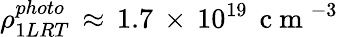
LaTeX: \rho_{1LRT}^{photo}\, \approx\, 1.7\, \times\, 10^{19}\, \mathrm{~c~m~}^{-3}